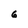
Character: 6